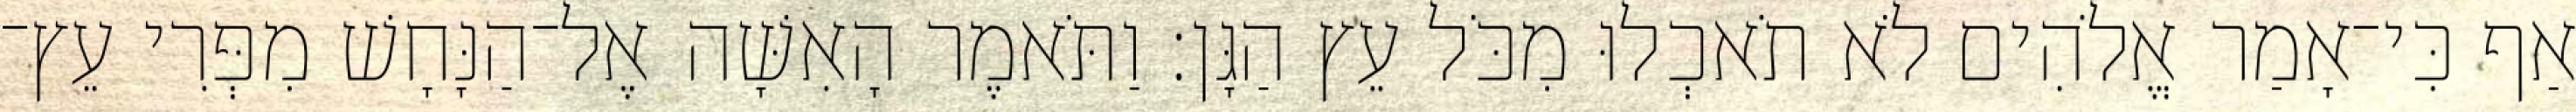
אַף כִּי־אָמַר אֱלֹהִים לֹא תֹאכְלוּ מִכֹּל עֵץ הַגָּן׃ וַתֹּאמֶר הָאִשָּׁה אֶל־הַנָּחָשׁ מִפְּרִי עֵץ־